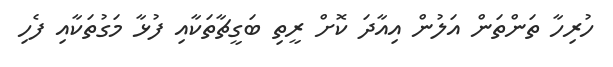
ހުރިހާ ތަންތަން އަލުން އިއާދަ ކޮށް ރީތި ބަގީޗާތަކާއި ފުޅާ މަގުތަކާއި ފެހި